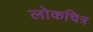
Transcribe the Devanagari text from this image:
लोकचित्र